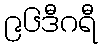
၉၆ဒီဂရီ